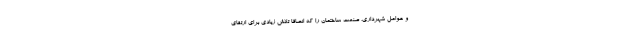
و عوامل شهرداری، صنعت ساختمان را که انصافا تلاش زیادی برای ارتقای